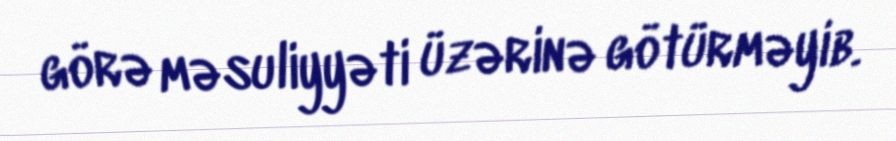
görə məsuliyyəti üzərinə götürməyib.